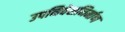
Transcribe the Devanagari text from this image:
उपनिवेशनिर्माण